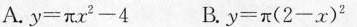
A. $$y = π x ^ { 2 } - 4$$ B. $$y = π ( 2 - x ) ^ { 2 }$$